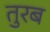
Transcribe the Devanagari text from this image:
तुरब